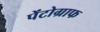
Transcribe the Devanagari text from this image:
पेंटोग्राफ